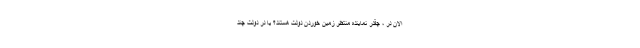
الان در ، چقدر نماینده منتظر زمین خوردن دولت هستند؟ یا در دولت چند